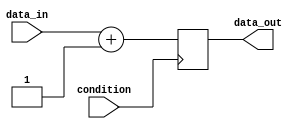
module conditional_loop (
    input wire condition,
    input wire [7:0] data_in,
    output reg [7:0] data_out
);

// Initialize output data
reg [7:0] data_temp;

// Behavioral modeling block with conditional statements
always @ (posedge condition) begin
    if (condition) begin
        // Perform some operation based on input data
        data_temp <= data_in + 1;
    end else begin
        // Perform a different operation based on input data
        data_temp <= data_in - 1;
    end
end

// Assign output data based on conditional statements
assign data_out = data_temp;

endmodule